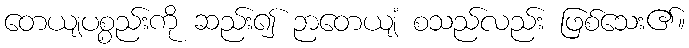
တေယျပစ္စည်းကို ဆည်း၍ ဉာတေယျံ စသည်လည်း ဖြစ်သေး၏။